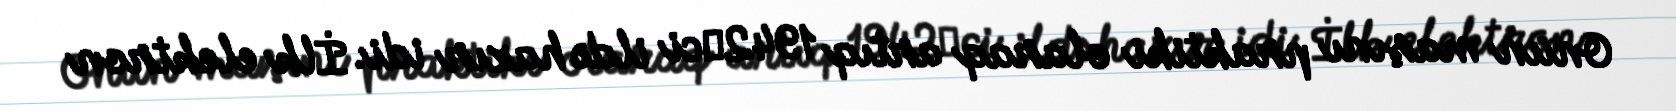
Onun maşını praktiki olaraq artıq 1942‐ci ildə hazır idi. İlk elektron